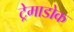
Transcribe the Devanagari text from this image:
ट्रेमाडोक